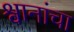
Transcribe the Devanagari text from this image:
श्वानांचा